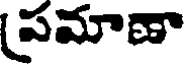
పమాణా